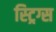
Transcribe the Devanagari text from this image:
स्ट्रिग्स